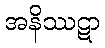
အနိဿဋာ